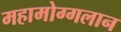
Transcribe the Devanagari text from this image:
महामोग्गलान